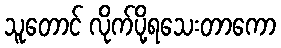
သူတောင် လိုက်ပို့ရသေးတာကော